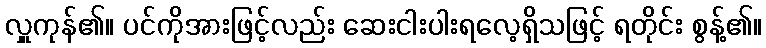
လှူကုန်၏။ ပင်ကိုအားဖြင့်လည်း ဆေးငါးပါးရလေ့ရှိသဖြင့် ရတိုင်း စွန့်၏။